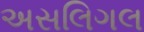
અસલિગલ